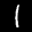
Label: 1